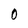
Character: O